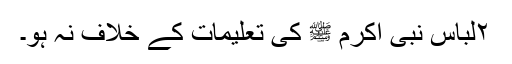
۲لباس نبی اکرم ﷺ کی تعلیمات کے خلاف نہ ہو۔